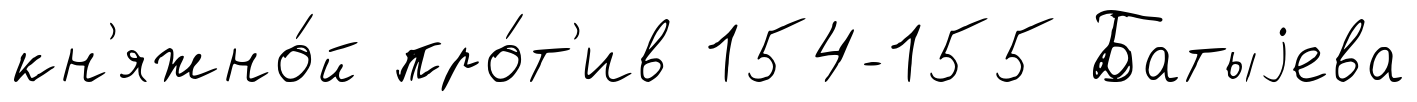
кн'яжно́й про́т'ив 154-155 Батыjева